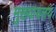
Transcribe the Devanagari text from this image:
मुख्यायलय